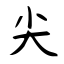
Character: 尖